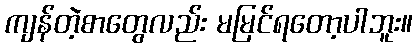
ကျန်တဲ့စာတွေလည်း မမြင်ရတော့ပါဘူး။